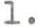
1.